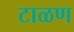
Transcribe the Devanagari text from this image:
टाळण